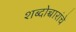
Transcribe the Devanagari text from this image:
शब्दोच्चारांचे